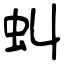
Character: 虯